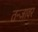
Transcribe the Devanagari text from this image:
तन्जावर